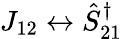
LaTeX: J_{12}\leftrightarrow\hat{S}_{21}^{\dagger}